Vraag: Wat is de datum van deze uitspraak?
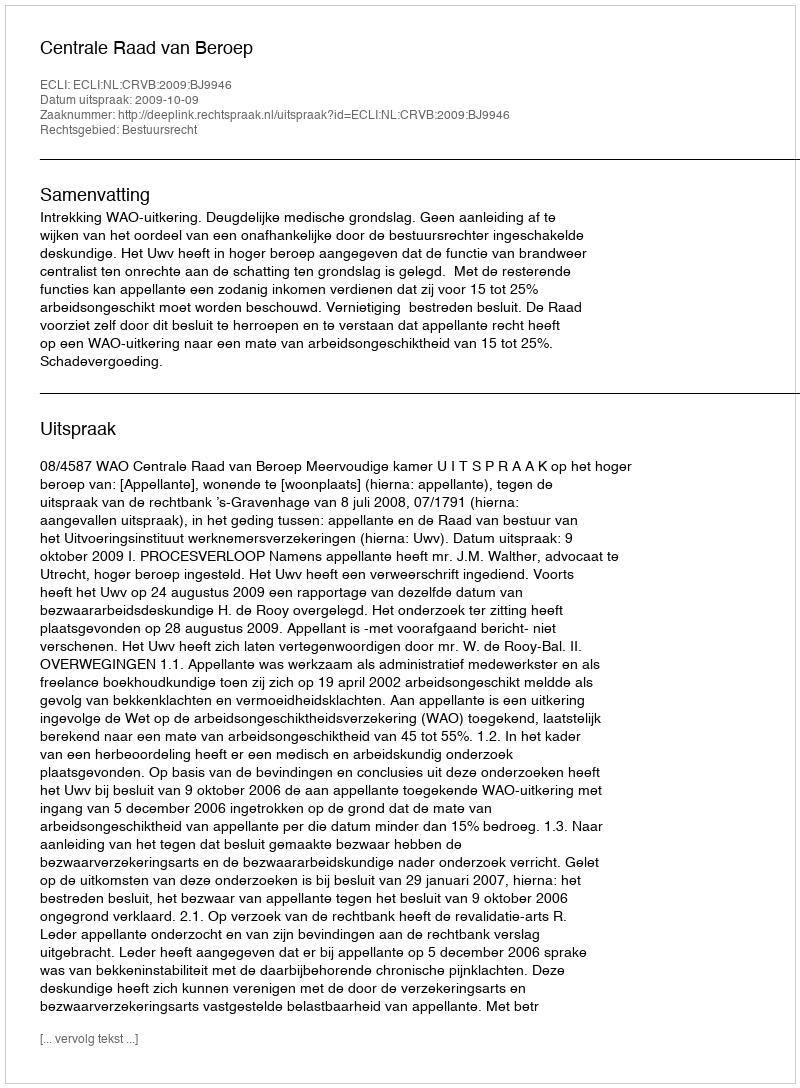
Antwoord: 2009-10-09